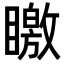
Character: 䁶